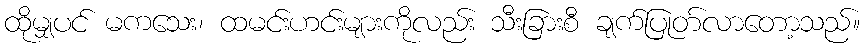
ထိုမျှပင် မကသေး၊ ထမင်းဟင်းများကိုလည်း သီးခြားစီ ချက်ပြုတ်လာတော့သည်။